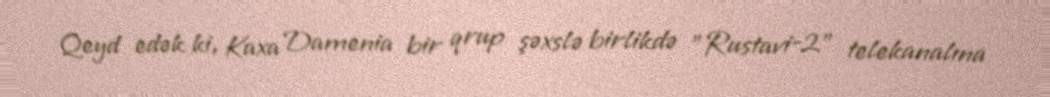
Qeyd edək ki, Kaxa Damenia bir qrup şəxslə birlikdə "Rustavi-2" telekanalına